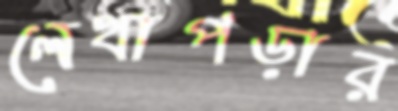
লেখাপড়ার